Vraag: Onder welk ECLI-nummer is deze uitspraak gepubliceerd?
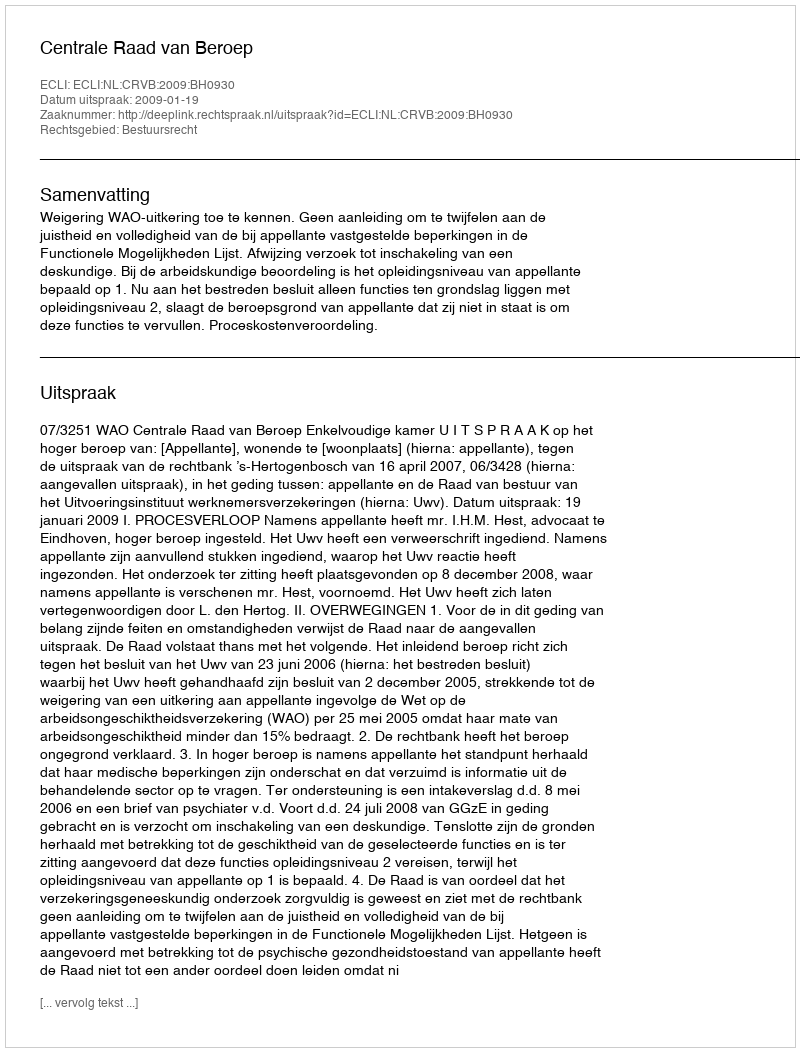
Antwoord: ECLI:NL:CRVB:2009:BH0930